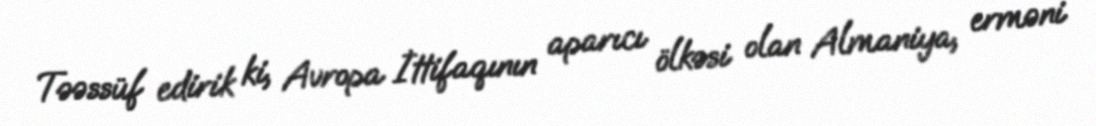
Təəssüf edirik ki, Avropa İttifaqının aparıcı ölkəsi olan Almaniya, erməni